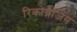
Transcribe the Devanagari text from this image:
रिकोग्नैजिंग